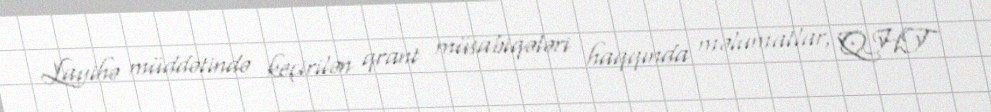
Layihə müddətində keçirilən qrant müsabiqələri haqqında məlumatlar, QHT